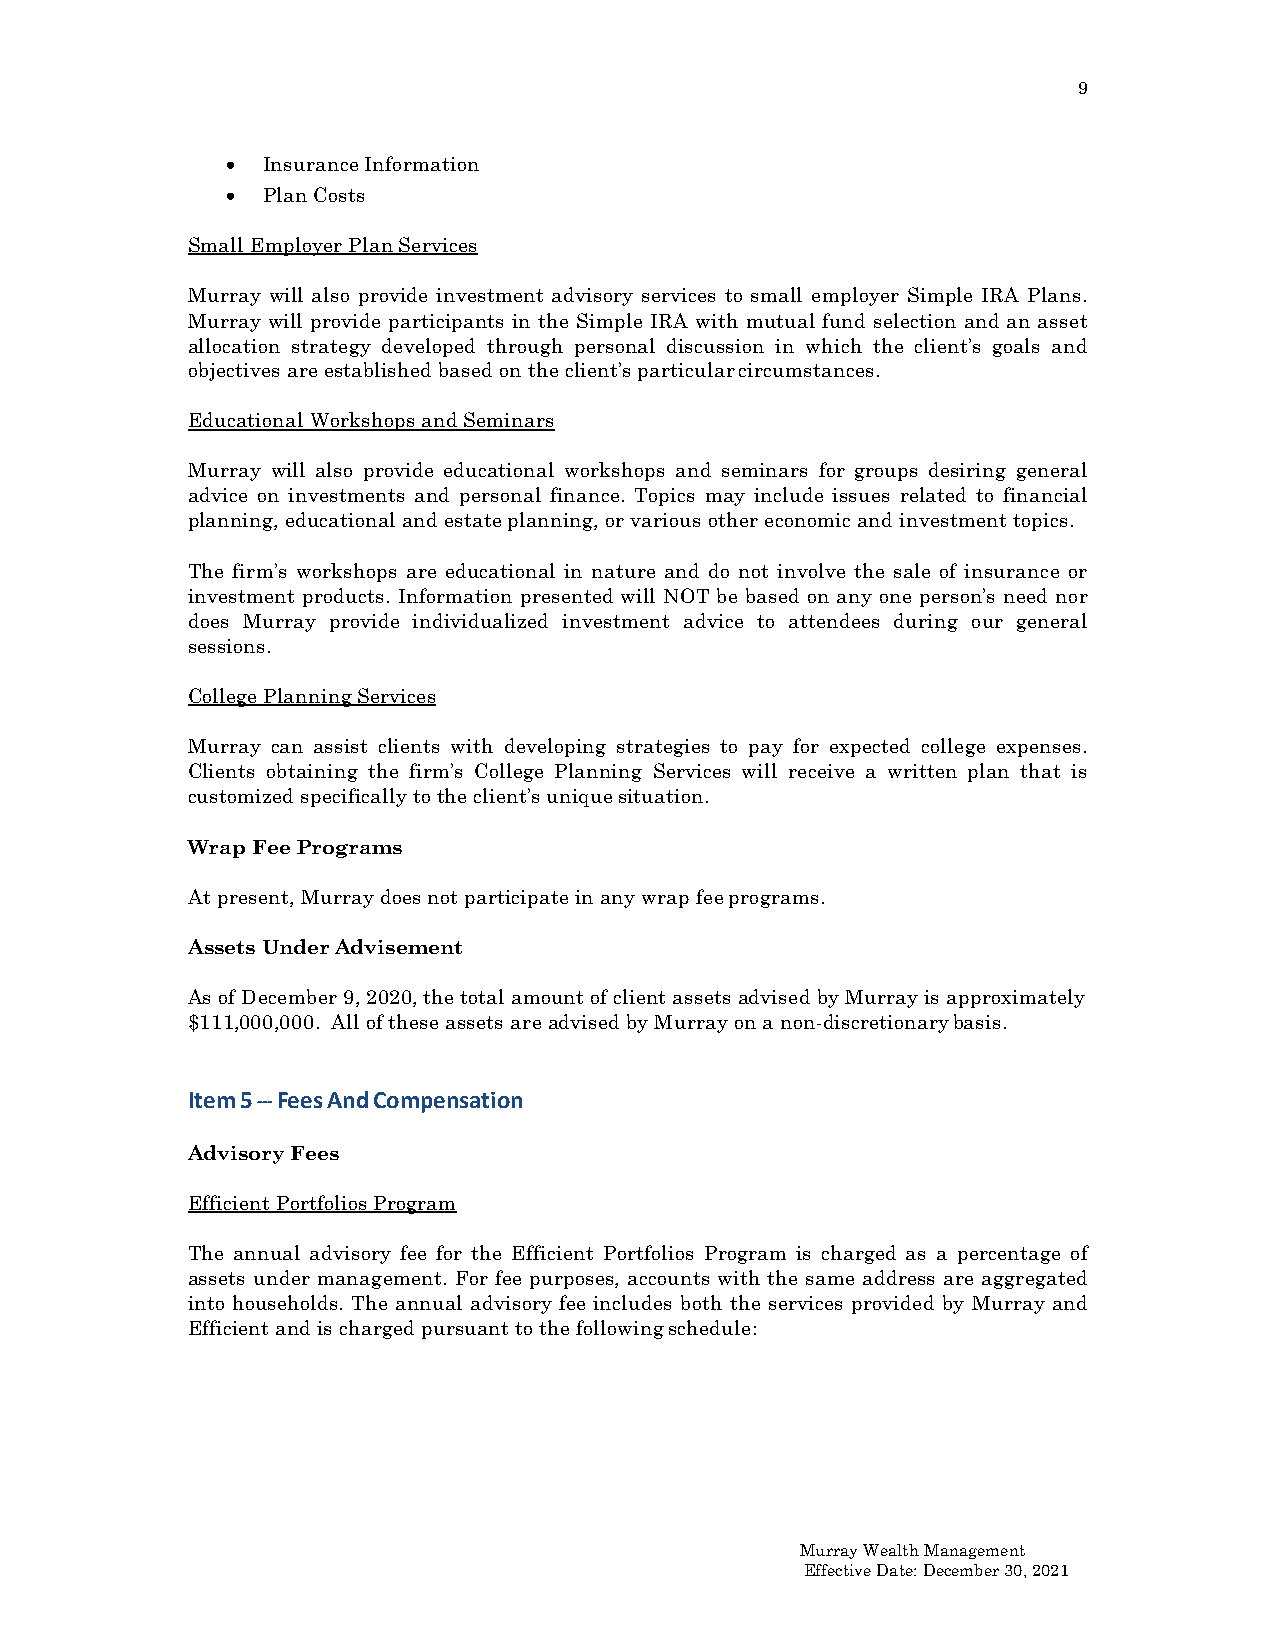
9
 • Insurance Information
 • Plan Costs
 Small Employer Plan Services
 Murray will also provide investment advisory services to small employer Simple IRA Plans.
 Murray will provide participants in the Simple IRA with mutual fund selection and an asset
 allocation strategy developed through personal discussion in which the client’s goals and
 objectives are established based on the client’s particular circumstances.
 Educational Workshops and Seminars
 Murray will also provide educational workshops and seminars for groups desiring general
 advice on investments and personal finance. Topics may include issues related to financial
 planning, educational and estate planning, or various other economic and investment topics.
 The firm’s workshops are educational in nature and do not involve the sale of insurance or
 investment products. Information presented will NOT be based on any one person’s need nor
 does Murray provide individualized investment advice to attendees during our general
 sessions.
 College Planning Services
 Murray can assist clients with developing strategies to pay for expected college expenses.
 Clients obtaining the firm’s College Planning Services will receive a written plan that is
 customized specifically to the client’s unique situation.
 Wrap Fee Programs
 At present, Murray does not participate in any wrap fee programs.
 Assets Under Advisement
 As of December 9, 2020, the total amount of client assets advised by Murray is approximately
 $111,000,000. All of these assets are advised by Murray on a non-discretionary basis.
 Item 5 --- Fees And Compensation
 Advisory Fees
 Efficient Portfolios Program
 The annual advisory fee for the Efficient Portfolios Program is charged as a percentage of
 assets under management. For fee purposes, accounts with the same address are aggregated
 into households. The annual advisory fee includes both the services provided by Murray and
 Efficient and is charged pursuant to the following schedule:
 Murray Wealth Management
 Effective Date: December 30, 2021